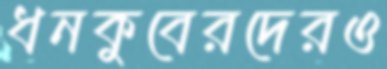
ধনকুবেরদেরও